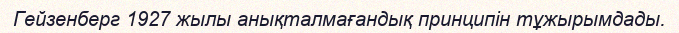
Гейзенберг 1927 жылы анықталмағандық принципін тұжырымдады.